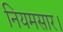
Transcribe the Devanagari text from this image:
नियमसार।